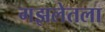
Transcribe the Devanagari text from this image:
गझलेतला